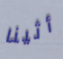
أثينا